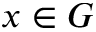
x \in G